Report on vaccination in Madras 1922-1929 - 1922-1929
Year: 1922
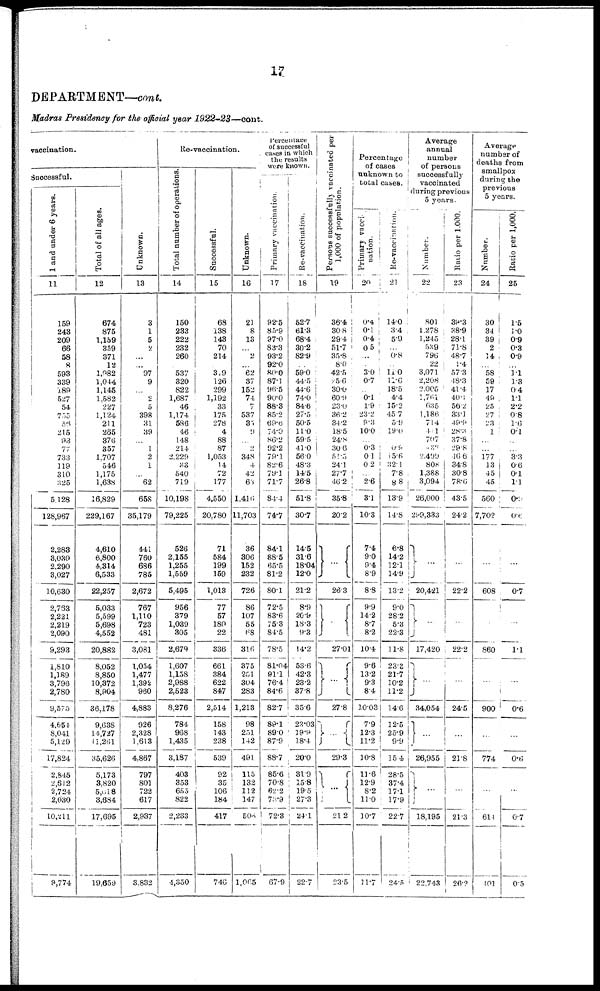
17
DEPARTMENT—cont.
Madras Presidency for the official year 1922-23—cont.
vaccination.
Successful.
1 and under 6 years.
11
159
243
209
66
58
8
593
339
189
527
54
755
56
215
93
77
733
119
310
325
5,128
128,967
2,283
3,030
2,290
3,027
10,630
2,763
2,221
2,219
2,090
9,293
1,810
1,189
3,796
2,780
9,575
4,654
8,041
5,129
17,824
2,845
2,612
2,724
2,030
10,211
9,774
Total of all ages.
12
674
875
1,159
359
371
12
1,982
1,044
1,145
1,582
227
1,124
211
265
376
357
1,707
546
1,175
1,638
16,829
229,167
4,610
6,800
4,314
6,533
22,257
5,033
5,599
5,698
4,552
20,882
8,052
8,850
10,372
8,904
36,178
9,638
14,727
11,261
35,626
5,173
3,820
5,618
3,684
17,695
19,659
Unknown.
13
3
1
5
2
...
... 97
9
...
2
5
398
31
39
...
1
2
1
...
62
658
35,179
441
760
686
785
2,672
767
1,110
723
481
3,081
1,054
1,477
1,392
960
4,883
926
2,328
1,613
4,867
797
801
722
617
2,937
3,832
Re-vaccination.
Total number of operations.
14
150
233
222
232
260
...
537
320
822
1,687
46
1,174
586
46
148
214
2,229
33
540
719
10,198
79,225
526
2,155
1,255
1,559
5,495
956
379
1,039
305
2,679
1,607
1,158
2,988
2,523
8,276
784
968
1,435
3,187
403
353
655
822
2,233
4,350
Successful.
15
68
138
143
70
214
...
319
126
299
1,192
33
175
278
4
88
87
1,053
14
72
177
4,550
20,780
71
584
199
159
1,013
77
57
180
22
336
661
384
622
847
2,514
158
143
238
539
92
35
106
184
417
746
Unknown.
16
21
8
13
...
2
...
62
37
152
74
7
537
35
9
...
2
348
4
42
63
1,416
11,703
36
306
152
232
726
86
107
55
68
316
375
251
304
283
1,213
98
251
142
491
115
132
112
147
506
1,065
Percentage
of successful
cases in which
the results
were known.
Primary
vaccination.
17
92.5
85.9
97.0
83.3
93.2
92.0
80.0
87.1
96.5
90.0
88.3
85.2
69.6
74.0
86.2
92.2
79.1
82.6
79.1
71.7
84.4
74.7
84.1
88.5
65.5
81.2
80.1
72.5
83.6
75.3
84.5
78.5
81.04
91.1
76.4
84.6
82.7
89.1
89.0
87.9
88.7
85.6
70.8
62.2
73.9
72.3
67.9
Re-vaccination.
18
52.7
61.3
68.4
30.2
82.9
...
59.0
44.5
44.6
74.0
84.6
27.5
50.5
11.0
59.5
41.0
56.0
48.3
14.5
26.8
51.8
30.7
14.5
31.6
18.04
12.0
21.2
8.9
20.9
18.3
9.3
14.2
53.6
42.3
23.2
37.8
35.6
23.03
19.9
18.4
20.0
31.9
15.8
19.5
27.3
24.1
22.7
Persons successfully vaccinated per
1,000 of population.
19
36.4
30.8
29.4
51.7
35.8
8.0
42.5
75.6
30.0
60.9
23.0
36.2
34.2
18.5
24.8
30.6
51.5
24.1
27.7
46.2
35.8
20.2
...
26.3
...
27.01
...
27.8
...
29.3
...
21.2
23.5
Percentage
of cases
unknown to
total cases.
Primary vacci¬
nation.
20
0.4
0.1
0.4
0.5
...
...
3.0
0.7
...
0.1
1.9
23.2
9.3
10.0
...
0.3
0.1
0.2
...
2.6
3.1
10.3
7.4
9.0
9.4
8.9
8.8
9.9
14.2
8.7
8.2
10.4
9.6
13.2
9.3
8.4
10.03
7.9
12.3
11.2
10.8
11.6
12.9
8.2
11.0
10.7
11.7
Re-vaccination.
21
14.0
3.4
5.9
...
0.8
...
11.0
11.6
18.5
4.4
15.2
45.7
5.9
19.0
...
0.9
15.6
32.1
7.8
8.8
13.9
14.8
6.8
14.2
12.1
14.9
13.2
9.0
28.2
5.3
22.3
11.8
23.3
21.7
10.2
11.2
14.6
12.5
25.9
9.9
15.4
28.5
37.4
17.1
17.9
22.7
24.5
Average
annual
number
of persons
successfully
vaccinated
during previous
5 years.
Number.
22
801
1,278
1,245
539
796
22
3,071
2,208
2,005
1,761
635
1,186
714
441
707
833
2,499
808
1,388
3,094
26,000
299,333
...
20,421
...
17,420
...
34,054
...
26,955
...
18,195
22,743
Ratio per 1,000.
23
39.3
38.9
28.1
71.8
48.7
1.4
57.3
48.3
41.4
40.1
56.2
33.1
49.9
28.3
37.8
29.8
46.6
34.8
30.8
78.6
43.5
24.2
...
22.2
...
22.2
...
24.5
...
21.8
...
21.3
26.2
Average
number of
deaths from
smallpox
during the
previous
5 years.
Number.
24
30
34
39
2
14
...
58
59
17
49
25
27
23
1
...
...
177
13
45
45
560
7,702
...
608
...
860
...
900
...
774
...
614
401
Ratio per 1,000.
25
1.5
1.0
0.9
0.3
0.9
...
1.1
1.3
0.4
1.1
2.2
0.8
1.6
0.1
...
...
3.3
0.6
0.1
1.1
0.9
0.6
...
0.7
...
1.1
...
0.6
...
0.6
...
0.7
0.5